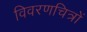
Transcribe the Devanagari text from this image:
विवरणचित्रों